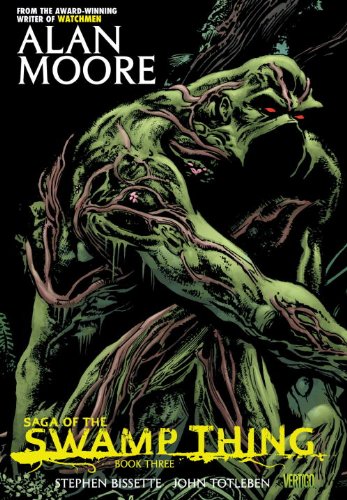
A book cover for Saga of the Swamp Thing, Book 3; Alan Moore; Comics & Graphic Novels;